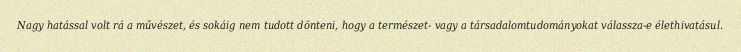
Nagy hatással volt rá a művészet, és sokáig nem tudott dönteni, hogy a természet- vagy a társadalomtudományokat válassza-e élethivatásul.